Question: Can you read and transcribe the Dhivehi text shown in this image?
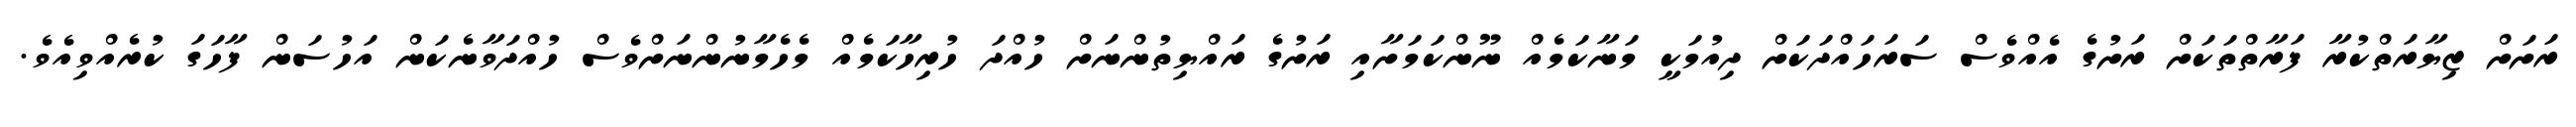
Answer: ރަށަށް ޒިޔާރަތްކުރާ ފަރާތްތަކަށް ރަށުގެ އެއްވެސް ސަރަހައްދަކަށް ދިއުމަކީ މަނާކަމެއް ނޫންކަމަށާއި ރަށުގެ ރައްޔިތުންނަށް ހުއްދަ ހުރިހާކަމެއް މެހެމާނުންނަށްވެސް ހުއްދަވާނެކަން އަހުސަން ފާހަގަ ކުރެއްވިއެވެ.